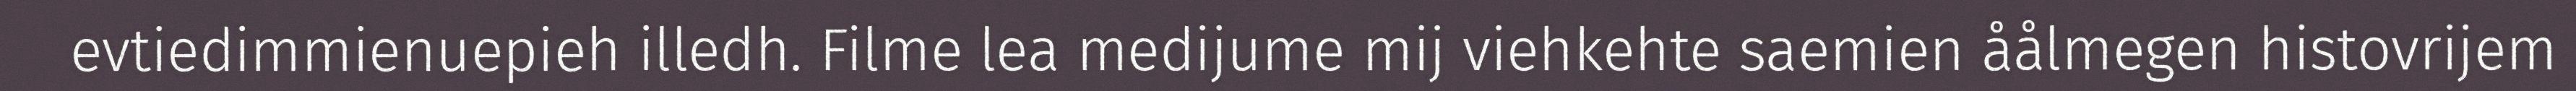
evtiedimmienuepieh illedh. Filme lea medijume mij viehkehte saemien åålmegen histovrijem